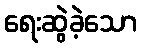
ရေးဆွဲခဲ့သော